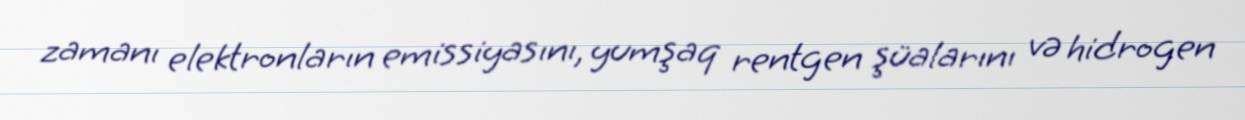
zamanı elektronların emissiyasını, yumşaq rentgen şüalarını və hidrogen